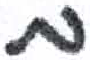
אות: מ